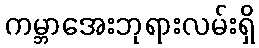
ကမ္ဘာအေးဘုရားလမ်းရှိ